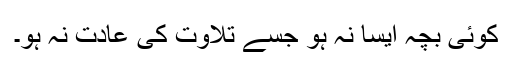
کوئی بچہ ایسا نہ ہو جسے تلاوت کی عادت نہ ہو۔